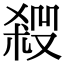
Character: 𠮁